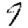
Digit: 9